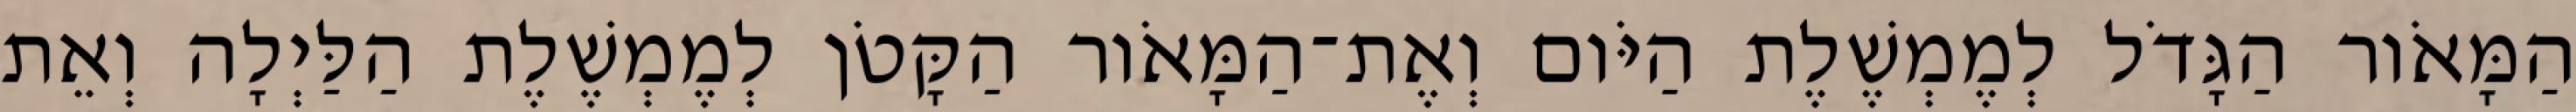
הַמָּאֹור הַגָּדֹל לְמֶמְשֶׁלֶת הַיֹּום וְאֶת־הַמָּאֹור הַקָּטֹן לְמֶמְשֶׁלֶת הַלַּיְלָה וְאֵת